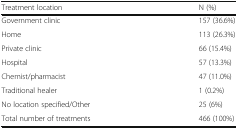
<table><thead><tr><td><b>Treatment location</b></td><td><b>N (%)</b></td></tr></thead><tbody><tr><td>Government clinic</td><td>157 (36.6%)</td></tr><tr><td>Home</td><td>113 (26.3%)</td></tr><tr><td>Private clinic</td><td>66 (15.4%)</td></tr><tr><td>Hospital</td><td>57 (13.3%)</td></tr><tr><td>Chemist/pharmacist</td><td>47 (11.0%)</td></tr><tr><td>Traditional healer</td><td>1 (0.2%)</td></tr><tr><td>No location specified/Other</td><td>25 (6%)</td></tr><tr><td>Total number of treatments</td><td>466 (100%)</td></tr></tbody></table>